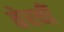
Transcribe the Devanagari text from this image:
तेरवीं